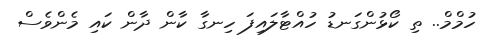
ހުމްމް.. ތި ކޯޅުންގަނޑު ހުއްޓާލައިފަ ހިނގާ ކާން ދާން ކައި މެންވެސް